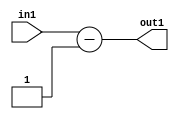
`timescale 1ps / 1ps
/*****************************************************************************
    Verilog RTL Description
    
    
    Created by: Stratus DpOpt 21.05.01 
*******************************************************************************/

module dut_Sub_3S_35_1 (
	in1,
	out1
	); /* architecture "behavioural" */ 
input [2:0] in1;
output [2:0] out1;
wire [2:0] asc001;

assign asc001 = 
	+(in1)
	-(3'B001);

assign out1 = asc001;
endmodule

/* CADENCE  urf4Twg= : u9/ySxbfrwZIxEzHVQQV8Q== ** DO NOT EDIT THIS LINE ******/